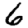
Digit: 6